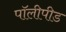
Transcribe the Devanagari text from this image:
पॉलीपीड